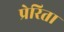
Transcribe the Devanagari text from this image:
प्रेरिता